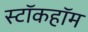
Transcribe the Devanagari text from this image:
स्टॉकहॉम